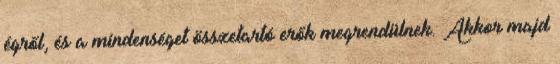
égről, és a mindenséget összetartó erők megrendülnek. Akkor majd